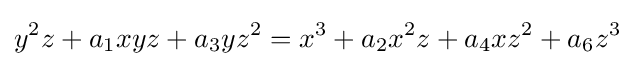
y^{2}z+a_{1}xyz+a_{3}yz^{2}=x^{3}+a_{2}x^{2}z+a_{4}xz^{2}+a_{6}z^{3}